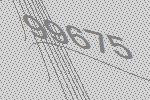
99675